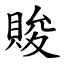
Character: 賐